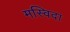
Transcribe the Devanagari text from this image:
मस्विदा